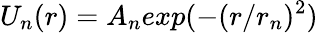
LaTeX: U_{n}(r)=A_{n}exp(-(r/r_{n})^{2})